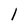
Character: l